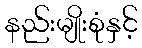
နည်းမျိုးစုံနှင့်